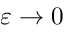
\varepsilon \rightarrow 0